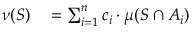
\begin{array} { r l } { \nu ( S ) } & { { } = \sum _ { i = 1 } ^ { n } c _ { i } \cdot \mu ( S \cap A _ { i } ) } \end{array}